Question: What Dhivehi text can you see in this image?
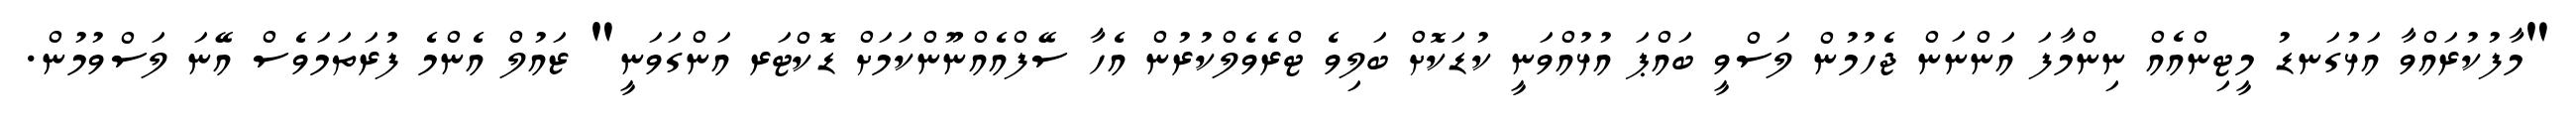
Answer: "މާފުކުރައްވާ އަޅުގަނޑު މީޓިންއެއް ނިންމާފަ އަންނަން ޖެހުމުން ލަސްވީ ބައްޕަ އުޅުއްވަނީ ކުޑަކޮށް ބަލިވެ ޓްރެވެލްކުރުން އެހާ ސޭފްއެއްނޫންކަމަށް ޑޮކްޓަރ އަންގަވަނީ" ޒައުލް އެންމެ ފުރަތަމަވެސް އޭނަ ލަސްވުމުން.